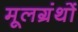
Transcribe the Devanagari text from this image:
मूलग्रंथों